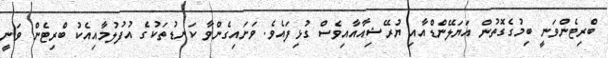
ބްރިޓެންވަނީ ބިމުގެގޮތުން އަޔަލޭންޑްއާއި ޔުރޭޝިއާއާއިވެސް ގުޅިފައެވެ. ވަށައިގެންވާ ކަނޑުތަކުގެ އުފުލުމާއިއެކު ބްރިޓެން ވަނީ